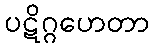
ပဋိဂ္ဂဟေတာ